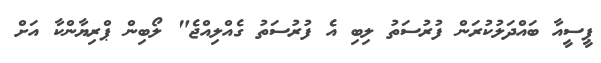
ޕީސީއާ ބައްދަލުކުރަން ފުރުސަތު ލިބި އެ ފުރުސަތު ގެއްލިއްޖެ" ލޯބިން ޕްރިޔާންކާ އަށް